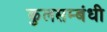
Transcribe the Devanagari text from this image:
कुलसम्बंधी